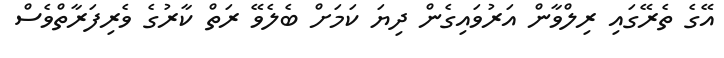
އޭގެ ތެރޭގައި ރިލްވާން އަރުވައިގެން ދިޔަ ކަމަށް ބެލެވޭ ރަތް ކާރުގެ ވެރިފަރާތްވެސް